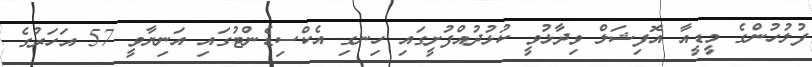
ފުލުހުންގެ މީޑީއާ އޮފިޝަލް ވިދާޅުވީ ކުޅުދުއްފުށީގައި ހިނގި އެކްސިޑެންޓުގައި އަނިޔާވީ 57 އަހަރުގެ